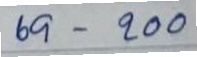
69 - 200